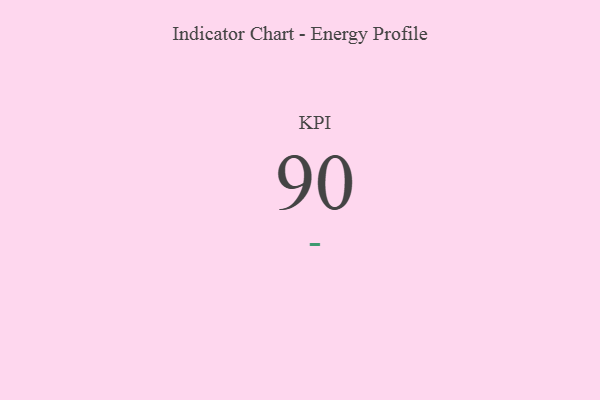
{"axis": {"x": "KPI", "y": "Value"}, "legend": [""], "data": [{"x": "KPI", "y": 90, "type": ""}]}